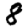
Digit: 8